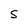
Character: S